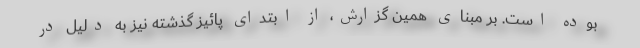
بوده است. بر مبنای همین گزارش، از ابتدای پائیز گذشته نیز به دلیل در